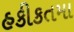
હકીકતમા